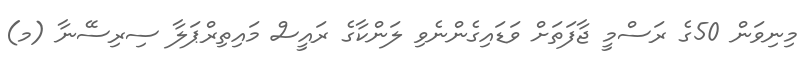
މިނިވަން 50ގެ ރަސްމީ ޖާފަތަށް ވަޑައިގެންނެވި ލަންކާގެ ރައީސް މައިތިރްޕަލާ ސިރިސޭނާ (މ)